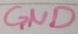
Text: GND